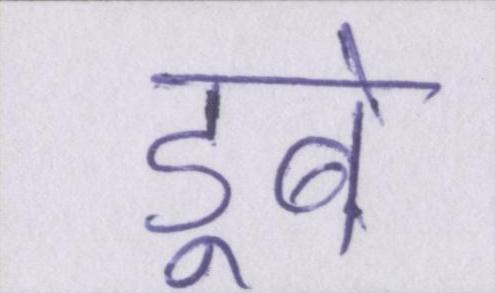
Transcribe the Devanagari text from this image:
डूबे